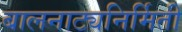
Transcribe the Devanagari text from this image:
बालनाट्यनिर्मिती